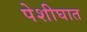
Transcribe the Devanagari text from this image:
पेशीघात